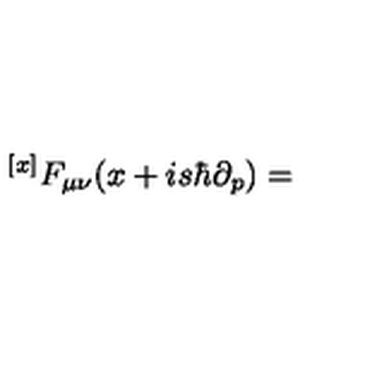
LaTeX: { ^ { [ x ] } F _ { \mu \nu } } ( x + i s \hbar \partial _ { p } ) =